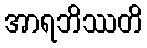
အာရဘိဿတိ